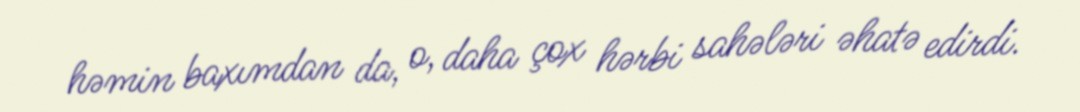
həmin baxımdan da, o, daha çox hərbi sahələri əhatə edirdi.